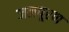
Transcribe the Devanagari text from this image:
जलपूरण